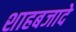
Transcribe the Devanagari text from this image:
शाहबजादे